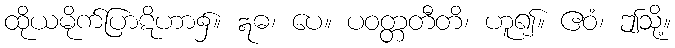
ထိုယမိုက်ပြာဋိဟာ၌။ ဣဓ၊ ပေ။ ပဝတ္တတီတိ၊ ဟူ၍။ ဧဝံ၊ ဤသို့။